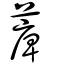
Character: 𦸣